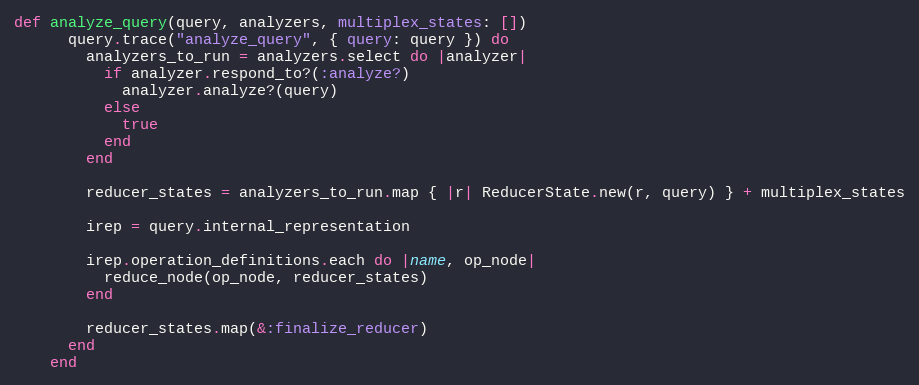
Language: Ruby
def analyze_query(query, analyzers, multiplex_states: [])
      query.trace("analyze_query", { query: query }) do
        analyzers_to_run = analyzers.select do |analyzer|
          if analyzer.respond_to?(:analyze?)
            analyzer.analyze?(query)
          else
            true
          end
        end

        reducer_states = analyzers_to_run.map { |r| ReducerState.new(r, query) } + multiplex_states

        irep = query.internal_representation

        irep.operation_definitions.each do |name, op_node|
          reduce_node(op_node, reducer_states)
        end

        reducer_states.map(&:finalize_reducer)
      end
    end